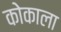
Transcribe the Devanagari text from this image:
कोकाला